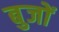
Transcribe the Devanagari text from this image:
बुजों